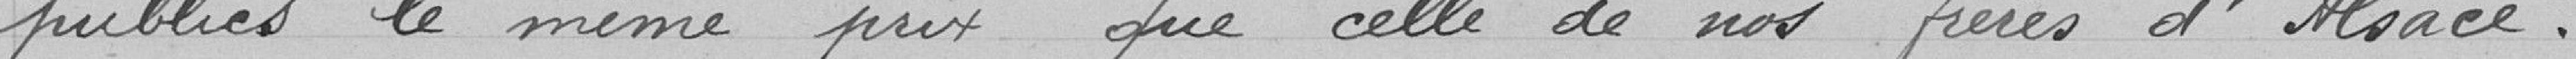
publics le même prix que celle de nos frères d'Alsace.